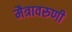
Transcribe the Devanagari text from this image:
मैत्रावरुणी